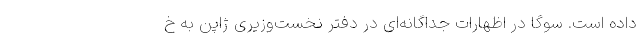
داده است. سوگا در اظهارات جداگانه‌ای در دفتر نخست‌وزیری ژاپن به خ